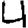
Digit: 4